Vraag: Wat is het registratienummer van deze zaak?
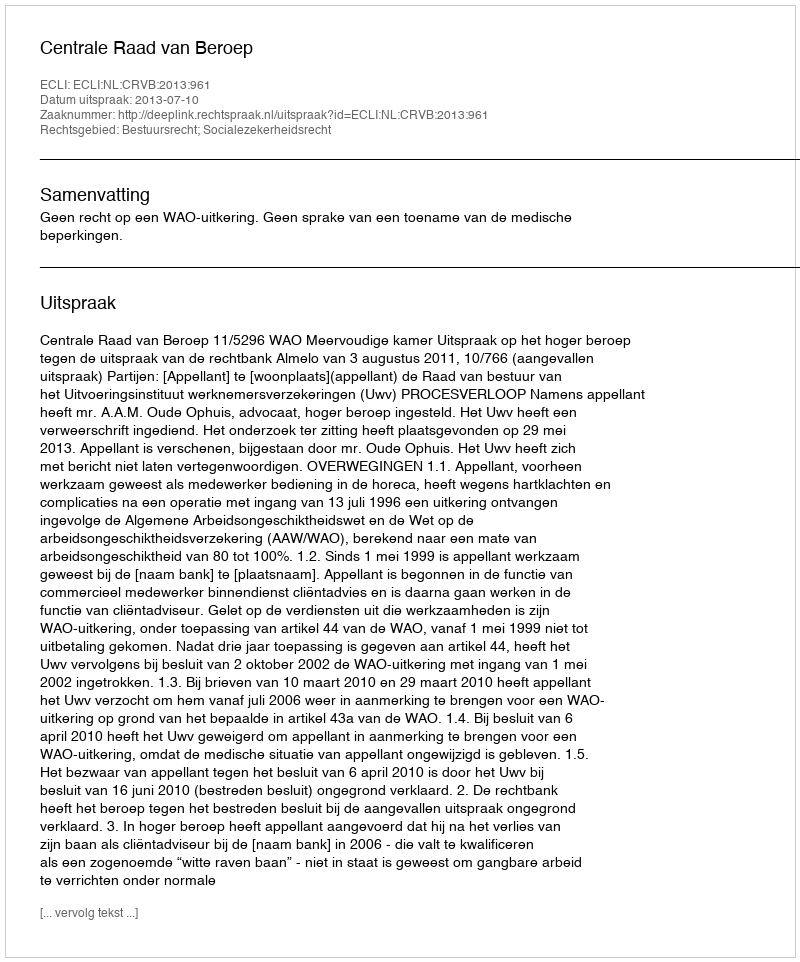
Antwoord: http://deeplink.rechtspraak.nl/uitspraak?id=ECLI:NL:CRVB:2013:961